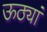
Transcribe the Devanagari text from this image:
ऊठ्यां